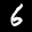
Label: 6